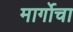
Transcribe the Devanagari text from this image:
मार्गोचा